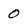
Character: 0